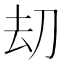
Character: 刧